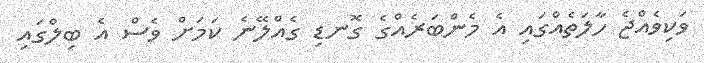
ވަކިވެއްޖެ ހާލަތެއްގައި އެ މެންބަރެއްގެ ގޮނޑި ގެއްލޭނެ ކަމަށް ވެސް އެ ބިލްގައި